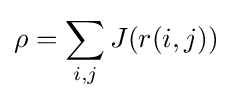
\rho =\sum _{i,j}J(r(i,j))